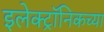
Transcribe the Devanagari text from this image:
इलेक्ट्रॉनिकच्या